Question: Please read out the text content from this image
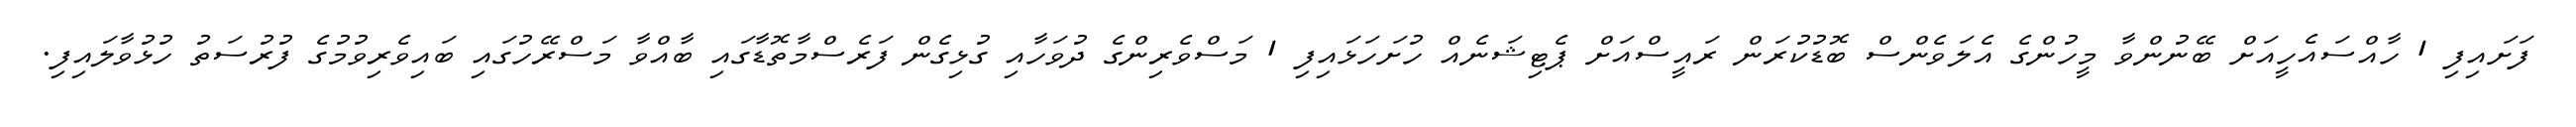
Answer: ފަށައިފި 1 ހާއްސައެހީއަށް ބޭނުންވާ މީހުންގެ އެލަވެންސް ބޮޑުކުރަން ރައީސްއަށް ޕެޓިޝަނެއް ހުށަހަޅައިފި 1 މަސްވެރިންގެ ދުވަހާއި ގުޅިގެން ފަރެސްމާތޮޑާގައި ބާއްވާ މަސްރޭހުގައި ބައިވެރިވުމުގެ ފުރުސަތު ހުޅުވާލައިފި.